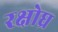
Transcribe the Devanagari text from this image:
रक्षोघ्र